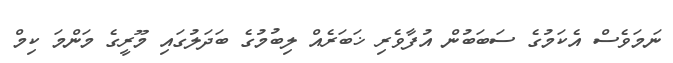
ނަމަވެސް އެކަމުގެ ސަބަބުން އުފާވެރި ޚަބަރެއް ލިބުމުގެ ބަދަލުގައި މޫރީގެ މަންމަ ކިމް